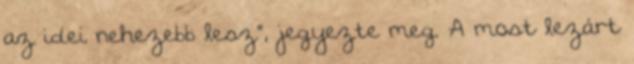
az idei nehezebb lesz”, jegyezte meg. A most lezárt